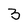
Character: 3